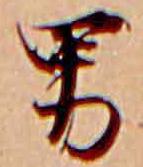
男